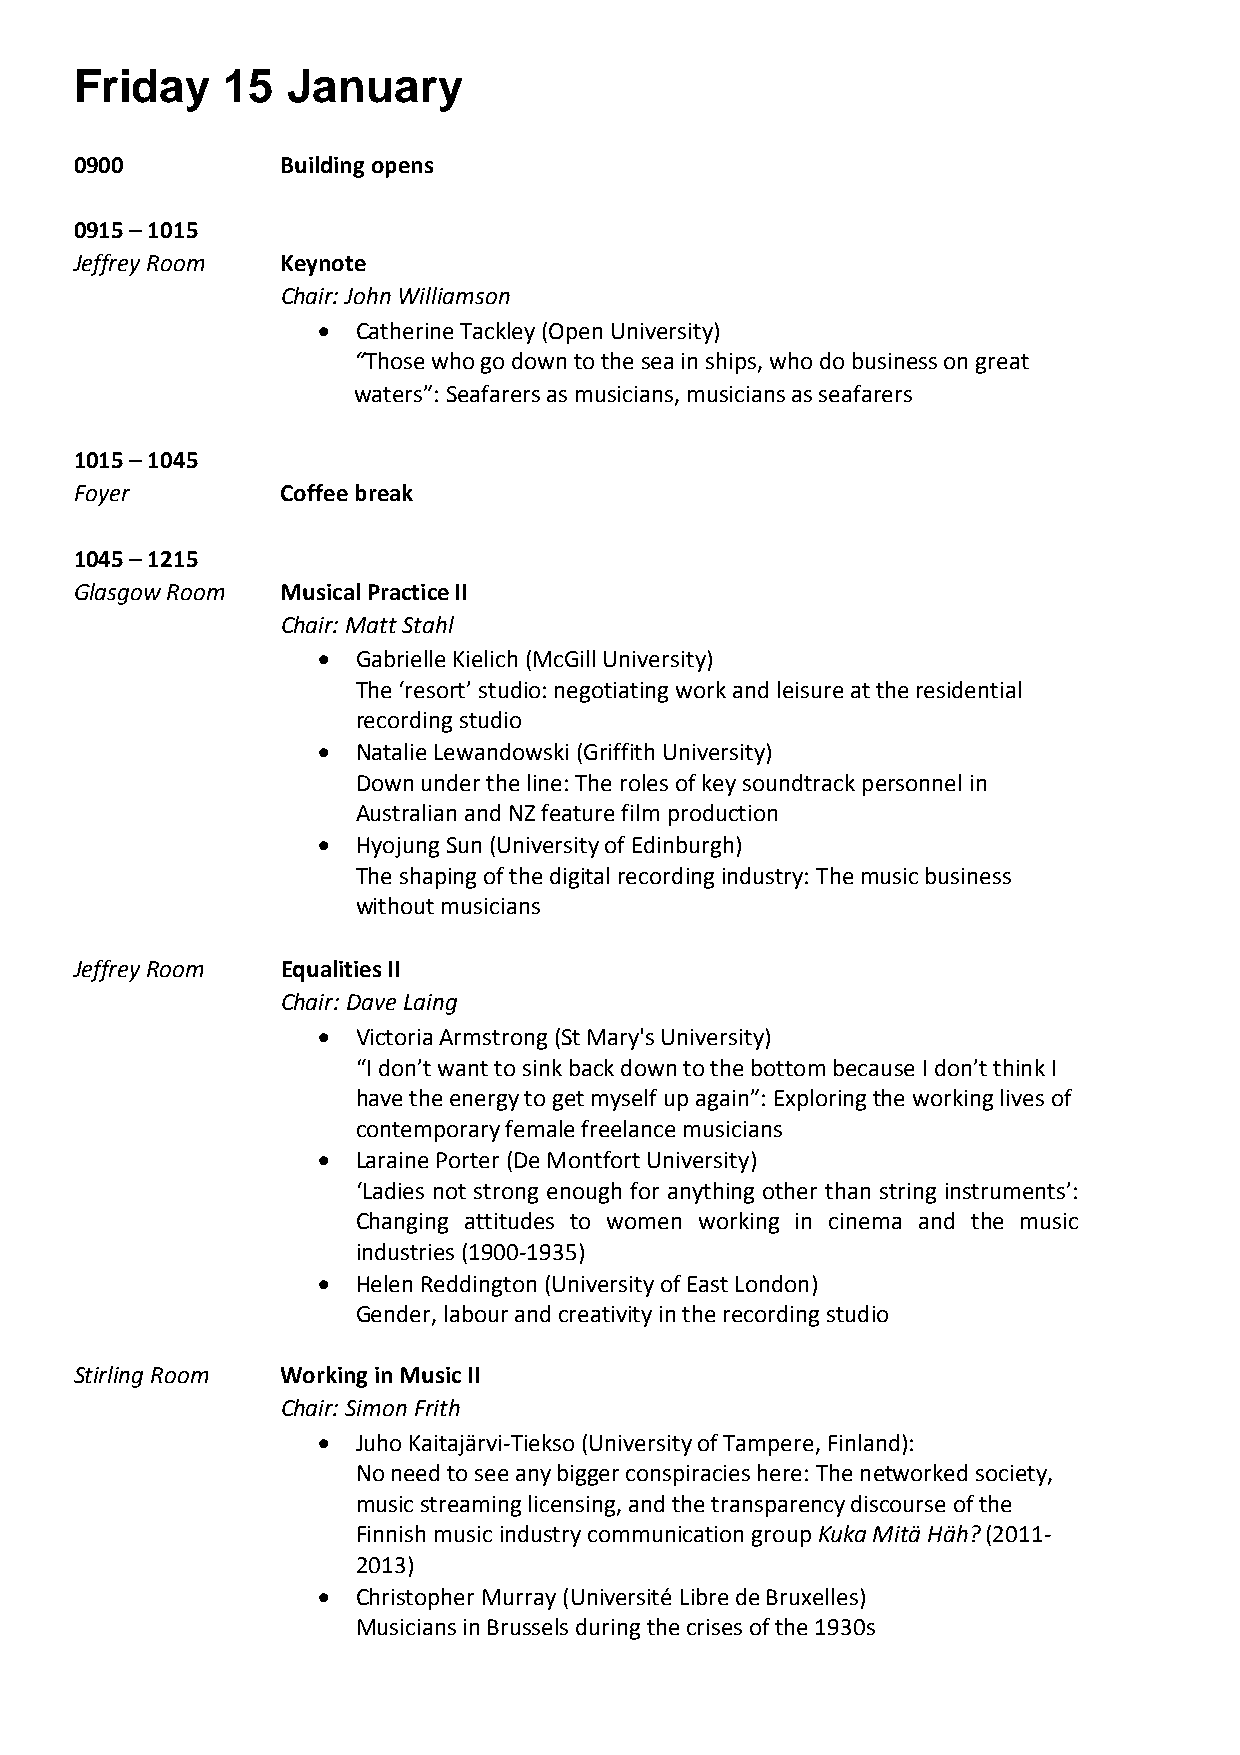
Friday    15  January
 0900          Building opens
 0915 – 1015
 Jeffrey Room  Keynote
 Chair: John Williamson
 •  Catherine Tackley (Open University)
 “Those who go down to the sea in ships, who do business on great
 waters”: Seafarers as musicians, musicians as seafarers
 1015 – 1045
 Foyer         Coffee break
 1045 – 1215
 Glasgow Room  Musical Practice II
 Chair: Matt Stahl
 •  Gabrielle Kielich (McGill University)
 The ‘resort’ studio: negotiating work and leisure at the residential
 recording studio
 •  Natalie Lewandowski (Griffith University)
 Down under the line: The roles of key soundtrack personnel in
 Australian and NZ feature film production
 •  Hyojung Sun (University of Edinburgh)
 The shaping of the digital recording industry: The music business
 without musicians
 Jeffrey Room  Equalities II
 Chair: Dave Laing
 •  Victoria Armstrong (St Mary's University)
 “I don’t want to sink back down to the bottom because I don’t think I
 have the energy to get myself up again”: Exploring the working lives of
 contemporary female freelance musicians
 •  Laraine Porter (De Montfort University)
 ‘Ladies not strong enough for anything other than string instruments’:
 Changing attitudes to women working in cinema and the music
 industries (1900-1935)
 •  Helen Reddington (University of East London)
 Gender, labour and creativity in the recording studio
 Stirling Room Working in Music II
 Chair: Simon Frith
 •  Juho Kaitajärvi-Tiekso (University of Tampere, Finland):
 No need to see any bigger conspiracies here: The networked society,
 music streaming licensing, and the transparency discourse of the
 Finnish music industry communication group Kuka Mitä Häh? (2011-
 2013)
 •  Christopher Murray (Université Libre de Bruxelles)
 Musicians in Brussels during the crises of the 1930s